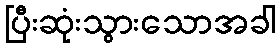
ပြီးဆုံးသွားသောအခါ